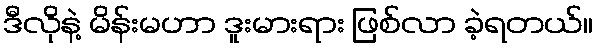
ဒီလိုနဲ့ မိန်းမဟာ ဒူးမားရား ဖြစ်လာ ခဲ့ရတယ်။